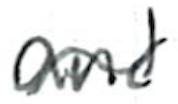
Text: and
Cross-out: wave
Writing tool: ballpoint